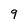
Character: 9